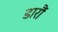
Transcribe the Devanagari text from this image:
डारौं